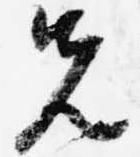
先